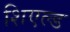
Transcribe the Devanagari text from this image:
शिएल्ड